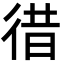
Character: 徣